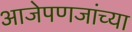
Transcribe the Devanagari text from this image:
आजेपणजांच्या